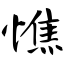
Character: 憔